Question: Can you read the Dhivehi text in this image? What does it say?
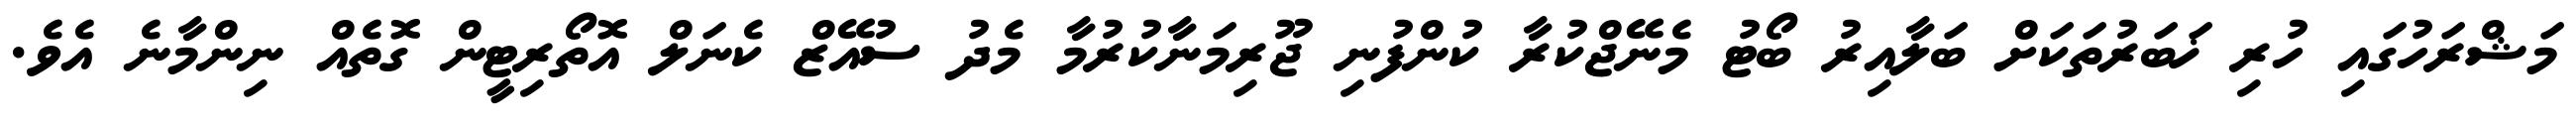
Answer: މަޝްރަހުގައި ހުރި ޚަބަރުތަކަށް ބަލާއިރު ބޯޓު މެނޭޖްކުރާ ކުންފުނި ޖޫރިމަނާކުރުމާ މެދު ސުއޭޒް ކެނަލް އޮތޯރިޓީން ގޮތެއް ނިންމާނެ އެވެ.